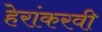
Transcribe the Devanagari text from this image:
हेरांकरवी